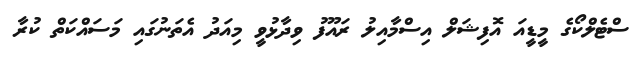
ސްޓެލްކޯގެ މީޑީއަ އޮފިޝަލް އިސްމާއިލު ރައޫފު ވިދާޅުވީ މިއަދު އެތަނުގައި މަސައްކަތް ކުރާ